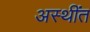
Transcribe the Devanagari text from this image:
अस्थींत